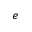
e